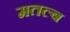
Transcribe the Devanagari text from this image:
मतल्ब